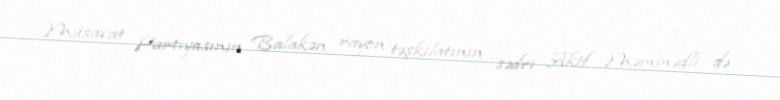
Müsavat Partiyasının Balakən rayon təşkilatının sədri Akif Məmmədli də